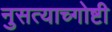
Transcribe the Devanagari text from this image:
नुसत्याच्गोष्टी